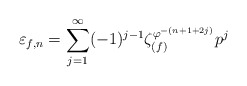
\begin{align*}\varepsilon_{f, n} = \sum_{j = 1}^{\infty} (-1)^{j-1} \zeta_{(f)}^{\varphi^{-(n + 1 + 2j)}} p^j\end{align*}